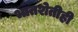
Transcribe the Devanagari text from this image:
भातशेतीही